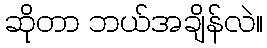
ဆိုတာ ဘယ်အချိန်လဲ။